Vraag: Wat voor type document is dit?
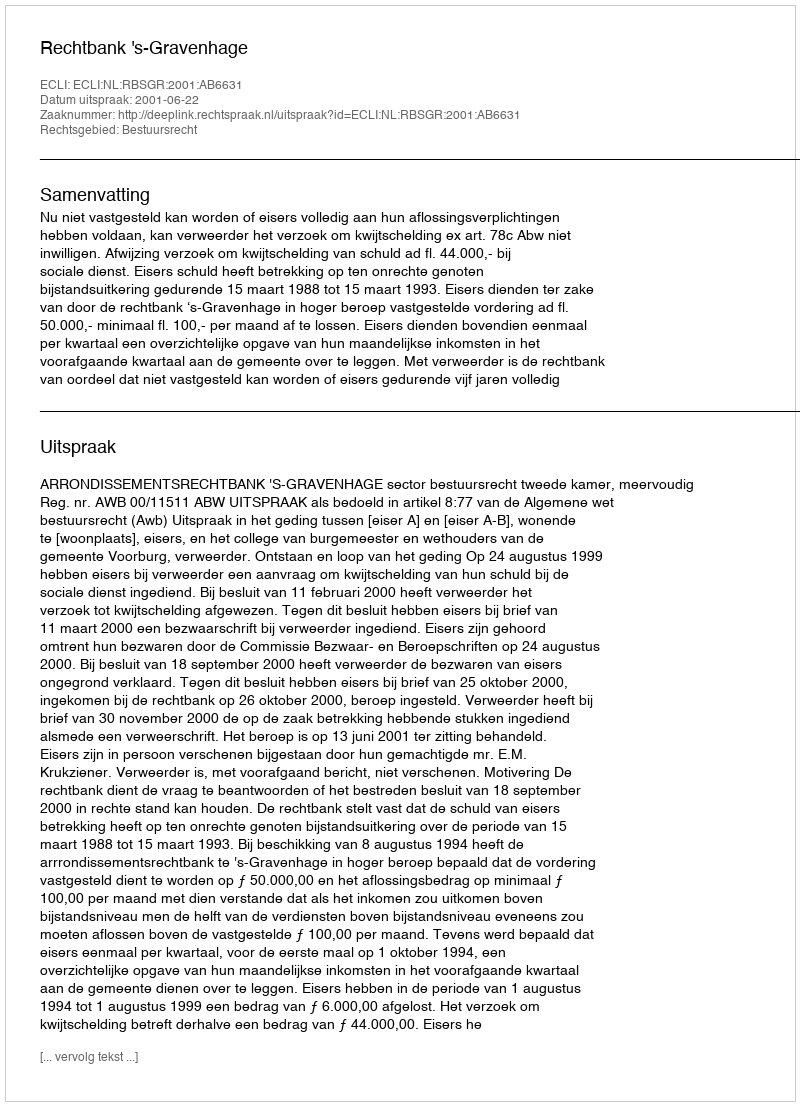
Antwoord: Uitspraak